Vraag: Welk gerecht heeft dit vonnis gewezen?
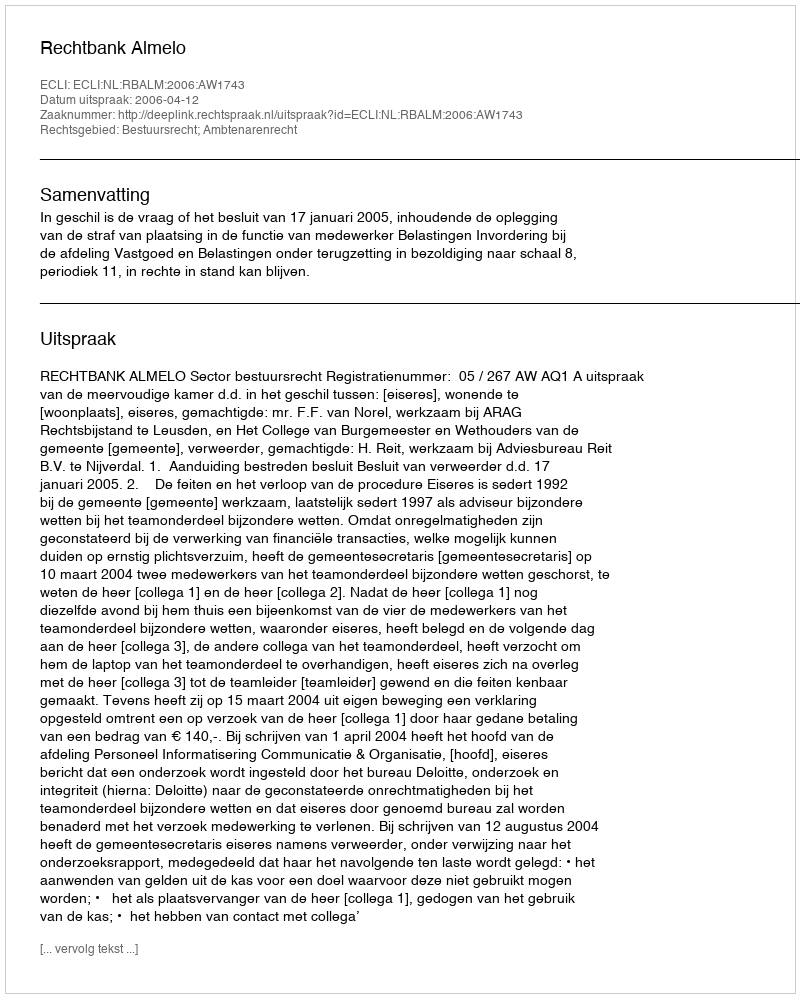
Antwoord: Rechtbank Almelo